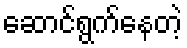
ဆောင်ရွက်နေတဲ့